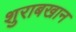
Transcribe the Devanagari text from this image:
शुराबखान